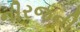
નીરજની